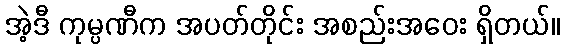
အဲ့ဒီ ကုမ္ပဏီက အပတ်တိုင်း အစည်းအဝေး ရှိတယ်။